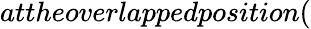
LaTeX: attheoverlappedposition(